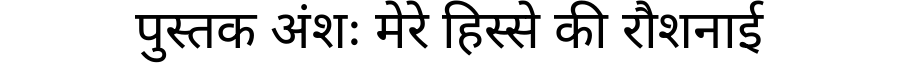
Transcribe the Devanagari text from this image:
पुस्तक अंशः मेरे हिस्से की रौशनाई